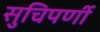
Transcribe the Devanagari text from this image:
सुचिपर्णी